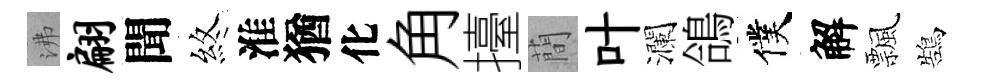
沸翩聞煞淮猶化角擡蕳叶瀾鴿僕解飄鵠